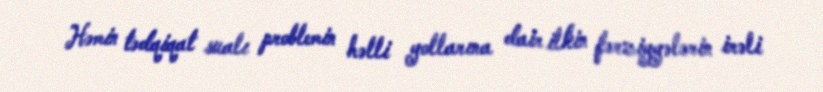
Həmin tədqiqat sualı problemin həlli yollarına dair ilkin fərziyyələrin irəli